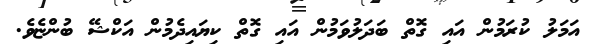
އަމަލު ކުރަމުން އައި ގޮތް ބަދަލުވަމުން އައި ގޮތް ކިޔައިދެމުން އަކްޝޭ ބުންޏެވެ.